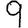
Digit: 9